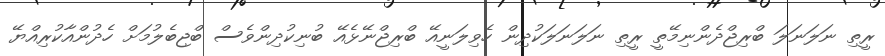
ރީތި ނަލަނަލަ ބްރިޖްދެންނިމޭތީ ރީތި ނަލަނަލަކުދިން ހެވިލަނީއޭ ބްރިޖްނޭޅެއޭ ބުނިކުދިންވެސް ބްޖިބެލުމަށް ހެދުންއާކުރިއްޔޭ